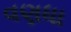
વણધા